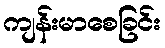
ကျန်းမာစေခြင်း